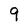
Character: 9